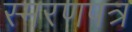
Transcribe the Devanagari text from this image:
स्मरणपत्र